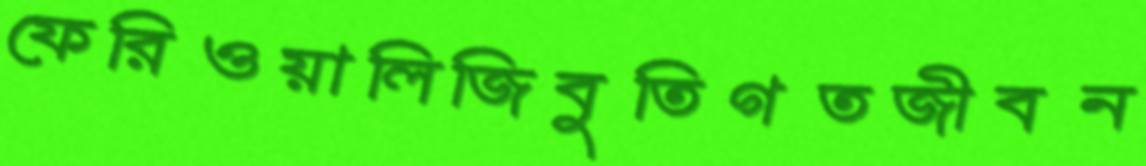
ফেরিওয়ালিজিবুতিগতজীবন